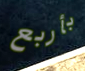
بأربع